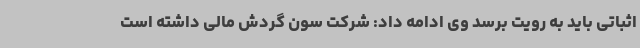
اثباتی باید به رویت برسد وی ادامه داد: شرکت سون گردش مالی داشته است